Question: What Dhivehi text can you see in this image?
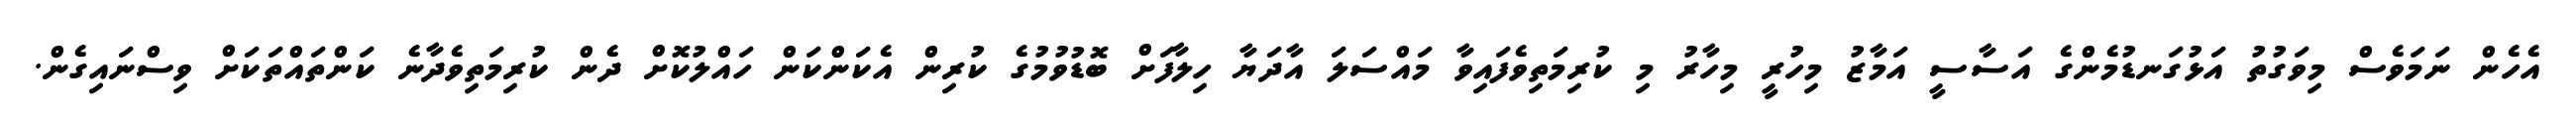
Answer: އެހެން ނަމަވެސް މިވަގުތު އަޅުގަނޑުމެންގެ އަސާސީ އަމާޒު މިހުރީ މިހާރު މި ކުރިމަތިވެފައިވާ މައްސަލަ އާދަޔާ ހިލާފަށް ބޮޑުވުމުގެ ކުރިން އެކަންކަން ހައްލުކޮށް ދެން ކުރިމަތިވެދާނެ ކަންތައްތަކަށް ވިސްނައިގެން.